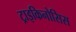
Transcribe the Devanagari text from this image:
ट्राइकिनोसिस